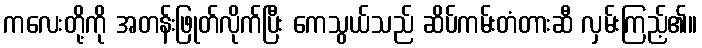
ကလေးတို့ကို အတန်းဖြုတ်လိုက်ပြီး ကေသွယ်သည် ဆိပ်ကမ်းတံတားဆီ လှမ်းကြည့်၏။